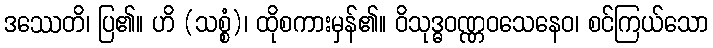
ဒဿေတိ၊ ပြ၏။ ဟိ (သစ္စံ)၊ ထိုစကားမှန်၏။ ဝိသုဒ္ဓဝဏ္ဏဝသေနေဝ၊ စင်ကြယ်သော